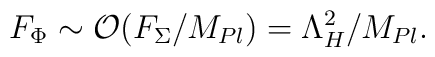
F_{\Phi} \sim {\cal O} (F_{\Sigma}/M_{Pl}) = \Lambda_H^2/M_{Pl}.